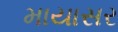
માયાસર